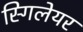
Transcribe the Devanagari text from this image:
स्गिलेयर